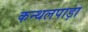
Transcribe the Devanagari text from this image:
कन्थलपाड़ा